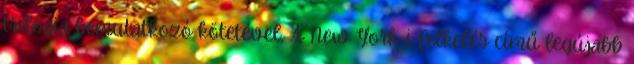
trilógia bemutatkozó kötetével, A New York-i felkelés című legújabb